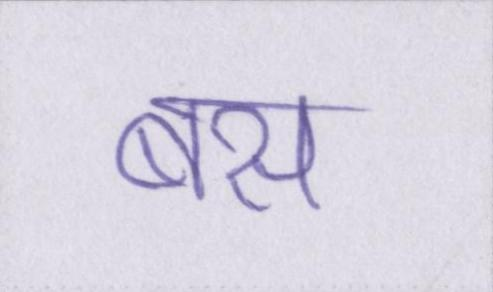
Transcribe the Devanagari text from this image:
बस